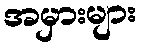
အမှားများ